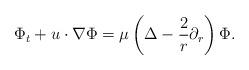
LaTeX: \begin{align*}\Phi_{t}+u\cdot \nabla \Phi&=\mu\left(\Delta -\frac{2}{r}\partial_r\right)\Phi.\end{align*}